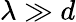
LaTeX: \lambda\gg d